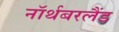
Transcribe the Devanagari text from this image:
नॉर्थबरलैंड